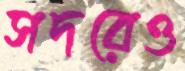
সদরেও